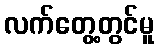
လက်တွေ့တွင်မူ